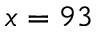
x = 9 3